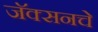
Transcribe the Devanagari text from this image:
जॅक्सनचे